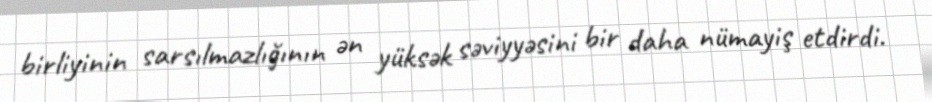
birliyinin sarsılmazlığının ən yüksək səviyyəsini bir daha nümayiş etdirdi.